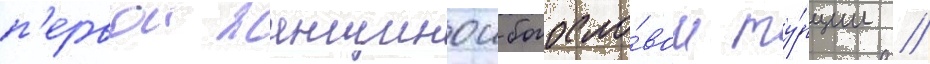
п'ервои женщинои-богосло́вом ту́рции //